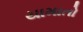
યામાતો